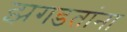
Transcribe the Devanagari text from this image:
झगडतांना